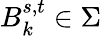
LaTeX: B_{k}^{s,t}\in\Sigma